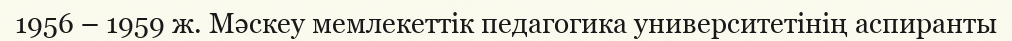
1956 – 1959 ж. Мәскеу мемлекеттік педагогика университетінің аспиранты